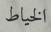
الخياط